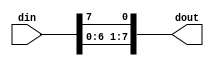
module lbshifter (din, dout);
  parameter N = 8;
  input [N-1:0] din;
  output [N-1:0] dout;

  assign dout = {din[6:0], din[7]};

endmodule